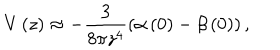
LaTeX: V \left( z \right) \approx - \frac { 3 } { 8 \pi z ^ { 4 } } \left( \alpha \left( 0 \right) - \beta \left( 0 \right) \right) ,